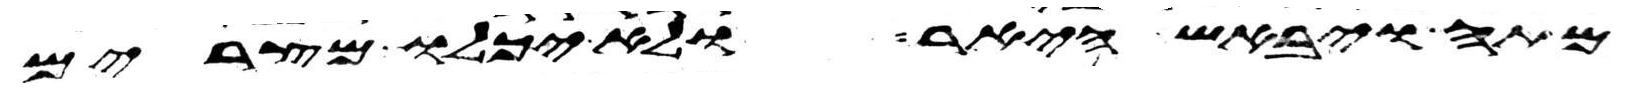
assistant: מתה ויבאש היאר ולא יכלו מצרים